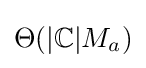
\Theta (\vert \mathbb {C} \vert M_{a})